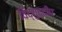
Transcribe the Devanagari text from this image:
विद्युद्दीप